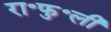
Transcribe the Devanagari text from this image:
रा॰फु॰ली